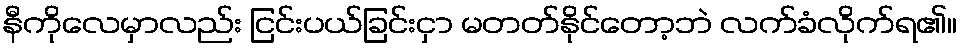
နီကိုလေမှာလည်း ငြင်းပယ်ခြင်းငှာ မတတ်နိုင်တော့ဘဲ လက်ခံလိုက်ရ၏။